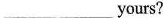
___ yours?